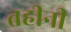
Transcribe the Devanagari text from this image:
तहीनी